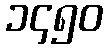
၁၄၅၀